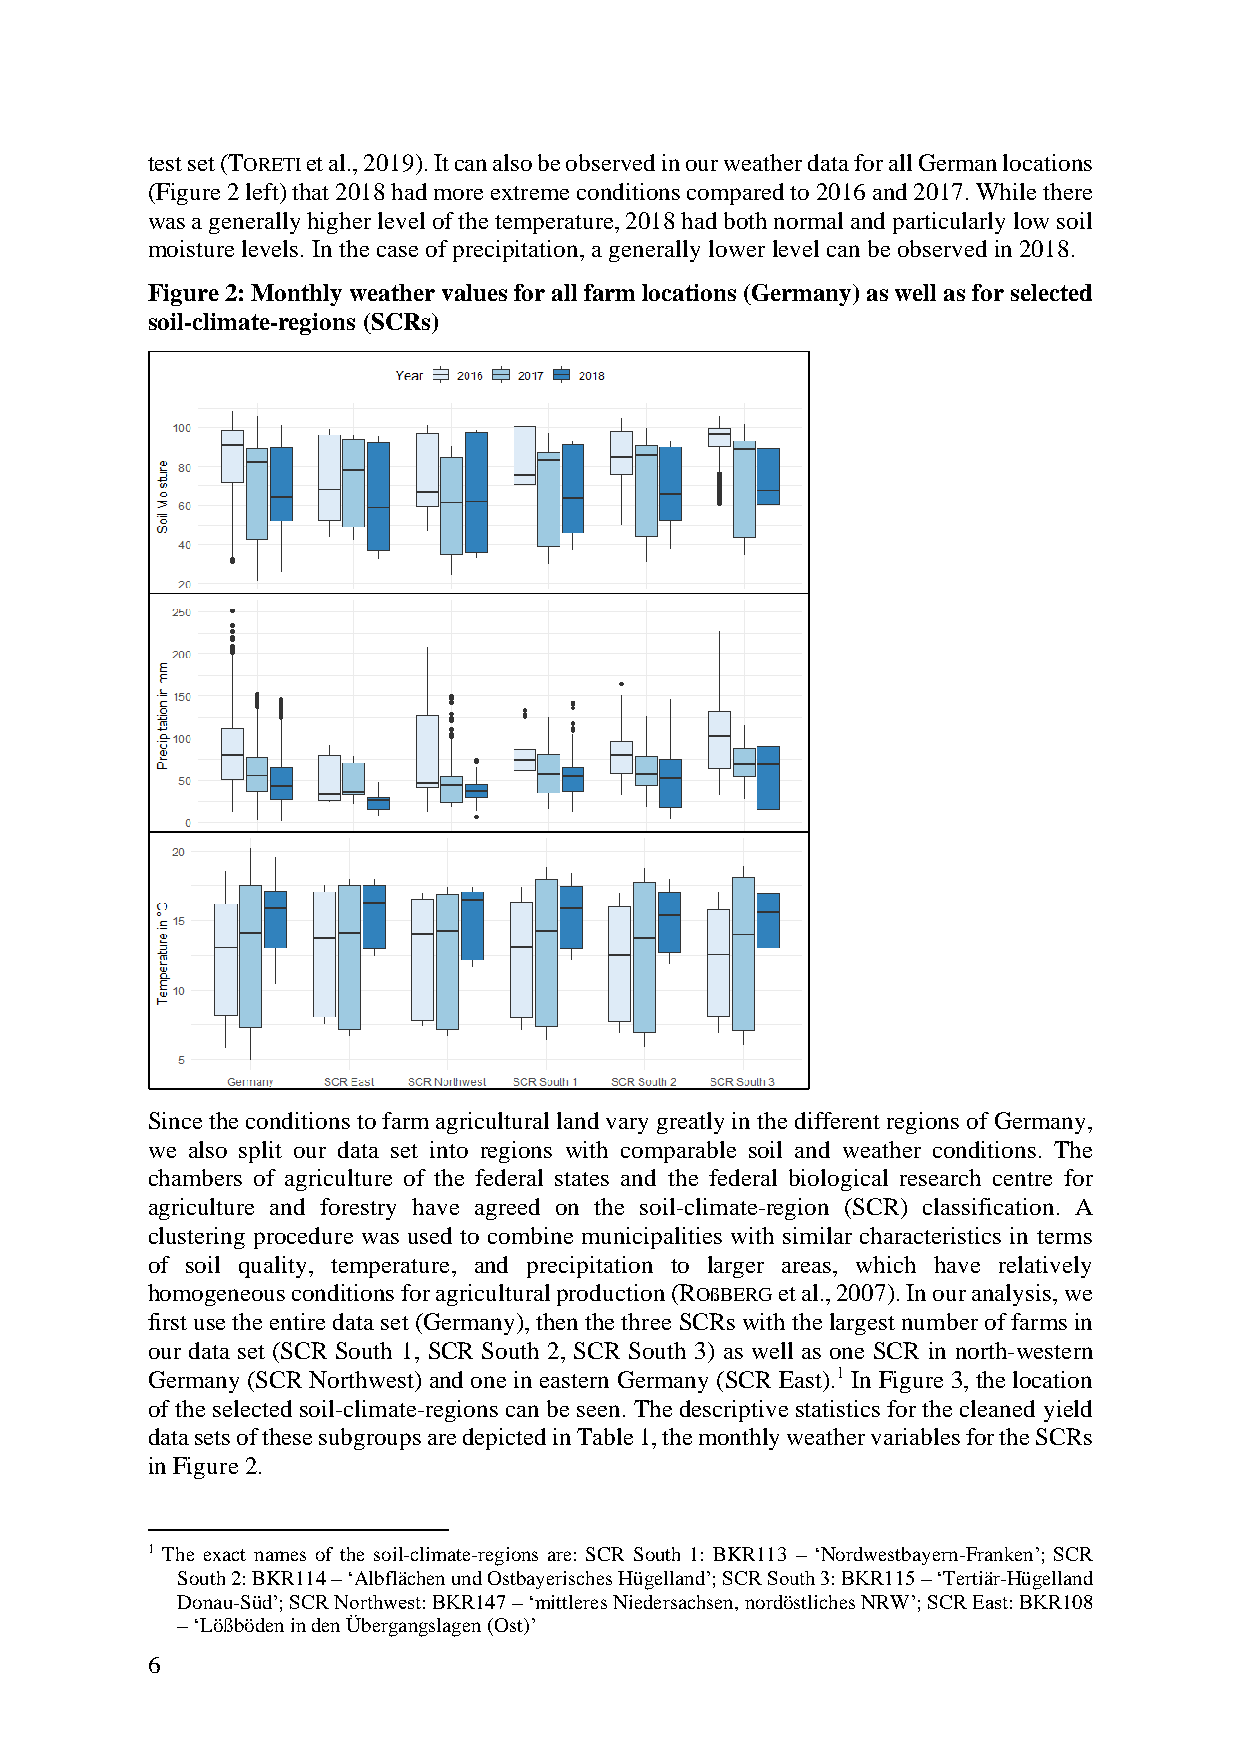
test set (TORETI et al., 2019). It can also be observed in our weather data for all German locations
 (Figure 2 left) that 2018 had more extreme conditions compared to 2016 and 2017. While there
 was a generally higher level of the temperature, 2018 had both normal and particularly low soil
 moisture levels. In the case of precipitation, a generally lower level can be observed in 2018.
 Figure 2: Monthly weather values for all farm locations (Germany) as well as for selected
 soil-climate-regions (SCRs)
 Since the conditions to farm agricultural land vary greatly in the different regions of Germany,
 we also split our data set into regions with comparable soil and weather conditions. The
 chambers of agriculture of the federal states and the federal biological research centre for
 agriculture and forestry have agreed on the soil-climate-region (SCR) classification. A
 clustering procedure was used to combine municipalities with similar characteristics in terms
 of soil quality, temperature, and precipitation to larger areas, which have relatively
 homogeneous conditions for agricultural production (ROßBERG et al., 2007). In our analysis, we
 first use the entire data set (Germany), then the three SCRs with the largest number of farms in
 our data set (SCR South 1, SCR South 2, SCR South 3) as well as one SCR in north-western
 Germany (SCR Northwest) and one in eastern Germany (SCR East).1 In Figure 3, the location
 of the selected soil-climate-regions can be seen. The descriptive statistics for the cleaned yield
 data sets of these subgroups are depicted in Table 1, the monthly weather variables for the SCRs
 in Figure 2.
 1 The exact names of the soil-climate-regions are: SCR South 1: BKR113 – ‘Nordwestbayern-Franken’; SCR
 South 2: BKR114 – ‘Albflächen und Ostbayerisches Hügelland’; SCR South 3: BKR115 – ‘Tertiär-Hügelland
 Donau-Süd’; SCR Northwest: BKR147 – ‘mittleres Niedersachsen, nordöstliches NRW’; SCR East: BKR108
 – ‘Lößböden in den Übergangslagen (Ost)’
 6